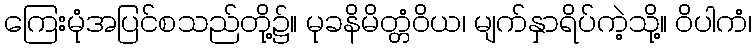
ကြေးမုံအပြင်စသည်တို့၌။ မုခနိမိတ္တံဝိယ၊ မျက်နှာရိပ်ကဲ့သို့။ ဝိပါကံ၊